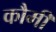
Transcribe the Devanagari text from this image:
कौमीं